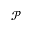
\mathcal { P }